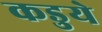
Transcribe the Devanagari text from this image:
कडुये